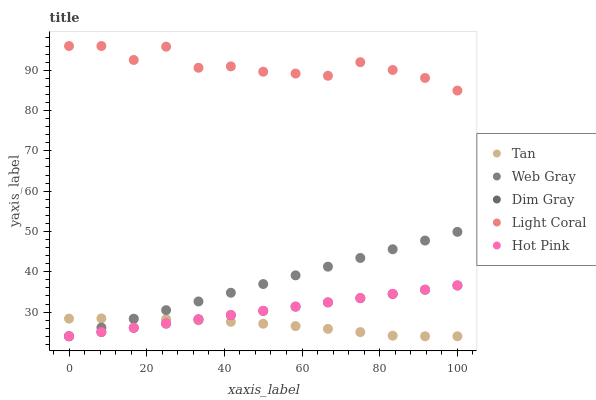
| xaxis_label | Tan | Web Gray | Dim Gray | Light Coral | Hot Pink |
 | --- | --- | --- | --- | --- | --- |
 | 0 | 28.4 | 24 | 24 | 96 | 24 |
 | 8.33 | 28.4 | 26.2 | 25 | 96 | 25.1 |
 | 16.7 | 28.4 | 28.3 | 26.1 | 92.5 | 26.1 |
 | 25 | 28.2 | 30.5 | 27.1 | 95.8 | 27.2 |
 | 33.3 | 28 | 32.6 | 28.2 | 90.6 | 28.2 |
 | 41.7 | 27.6 | 34.8 | 29.2 | 91 | 29.3 |
 | 50 | 27.1 | 36.9 | 30.3 | 89.6 | 30.3 |
 | 58.3 | 26.5 | 39.1 | 31.3 | 89.2 | 31.4 |
 | 66.7 | 25.8 | 41.3 | 32.4 | 88.6 | 32.4 |
 | 75 | 25 | 43.4 | 33.4 | 92 | 33.5 |
 | 83.3 | 24.1 | 45.6 | 34.5 | 90.1 | 34.5 |
 | 91.7 | 24 | 47.7 | 35.5 | 88.1 | 35.6 |
 | 100 | 24 | 49.9 | 36.6 | 84.9 | 36.6 |